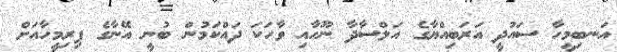
އަނބިމީހާ ސައުދީ އަރަބިއްޔާގެ އަލްސާދާ ނޫހާއި ވާހަކަ ދައްކަމުން ބުނީ އޭނާގެ ފިރިމީހާއަށް